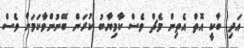
އަދި ބާކީ އޮތް އެތިން މެޗް ވެސް ކާމިޔާބު ކުރަން ބޭނުންވާކަމަށް ވެސް